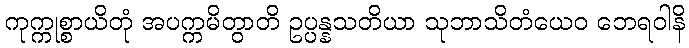
ကုက္ကုစ္စာယိတုံ အပက္ကမိတွာတိ ဥပ္ပန္နသတိယာ သုဘာသိတံယေဝ ဘေရဝါနိ